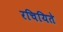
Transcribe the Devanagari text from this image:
रचियिते